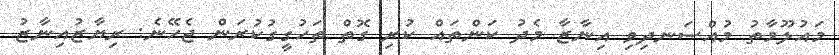
މައުލޫމާތު މުއްސަނދިވި އިނާޒާ މެދު ކަންތައް ކުރި ގޮތް ތަހުގީގުކުރަން ޖެހޭނެ: ރިޔާޒުއިނާޒު